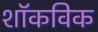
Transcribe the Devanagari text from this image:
शॉकविक